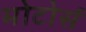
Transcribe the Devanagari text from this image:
मोटोर्स